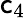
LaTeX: \mathsf{c}_{4}